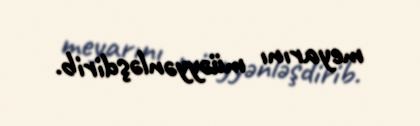
meyarını müəyyənləşdirib.